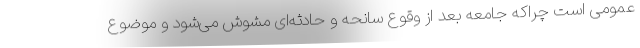
عمومی است چراکه جامعه بعد از وقوع سانحه و حادثه‌ای مشوش می‌شود و موضوع